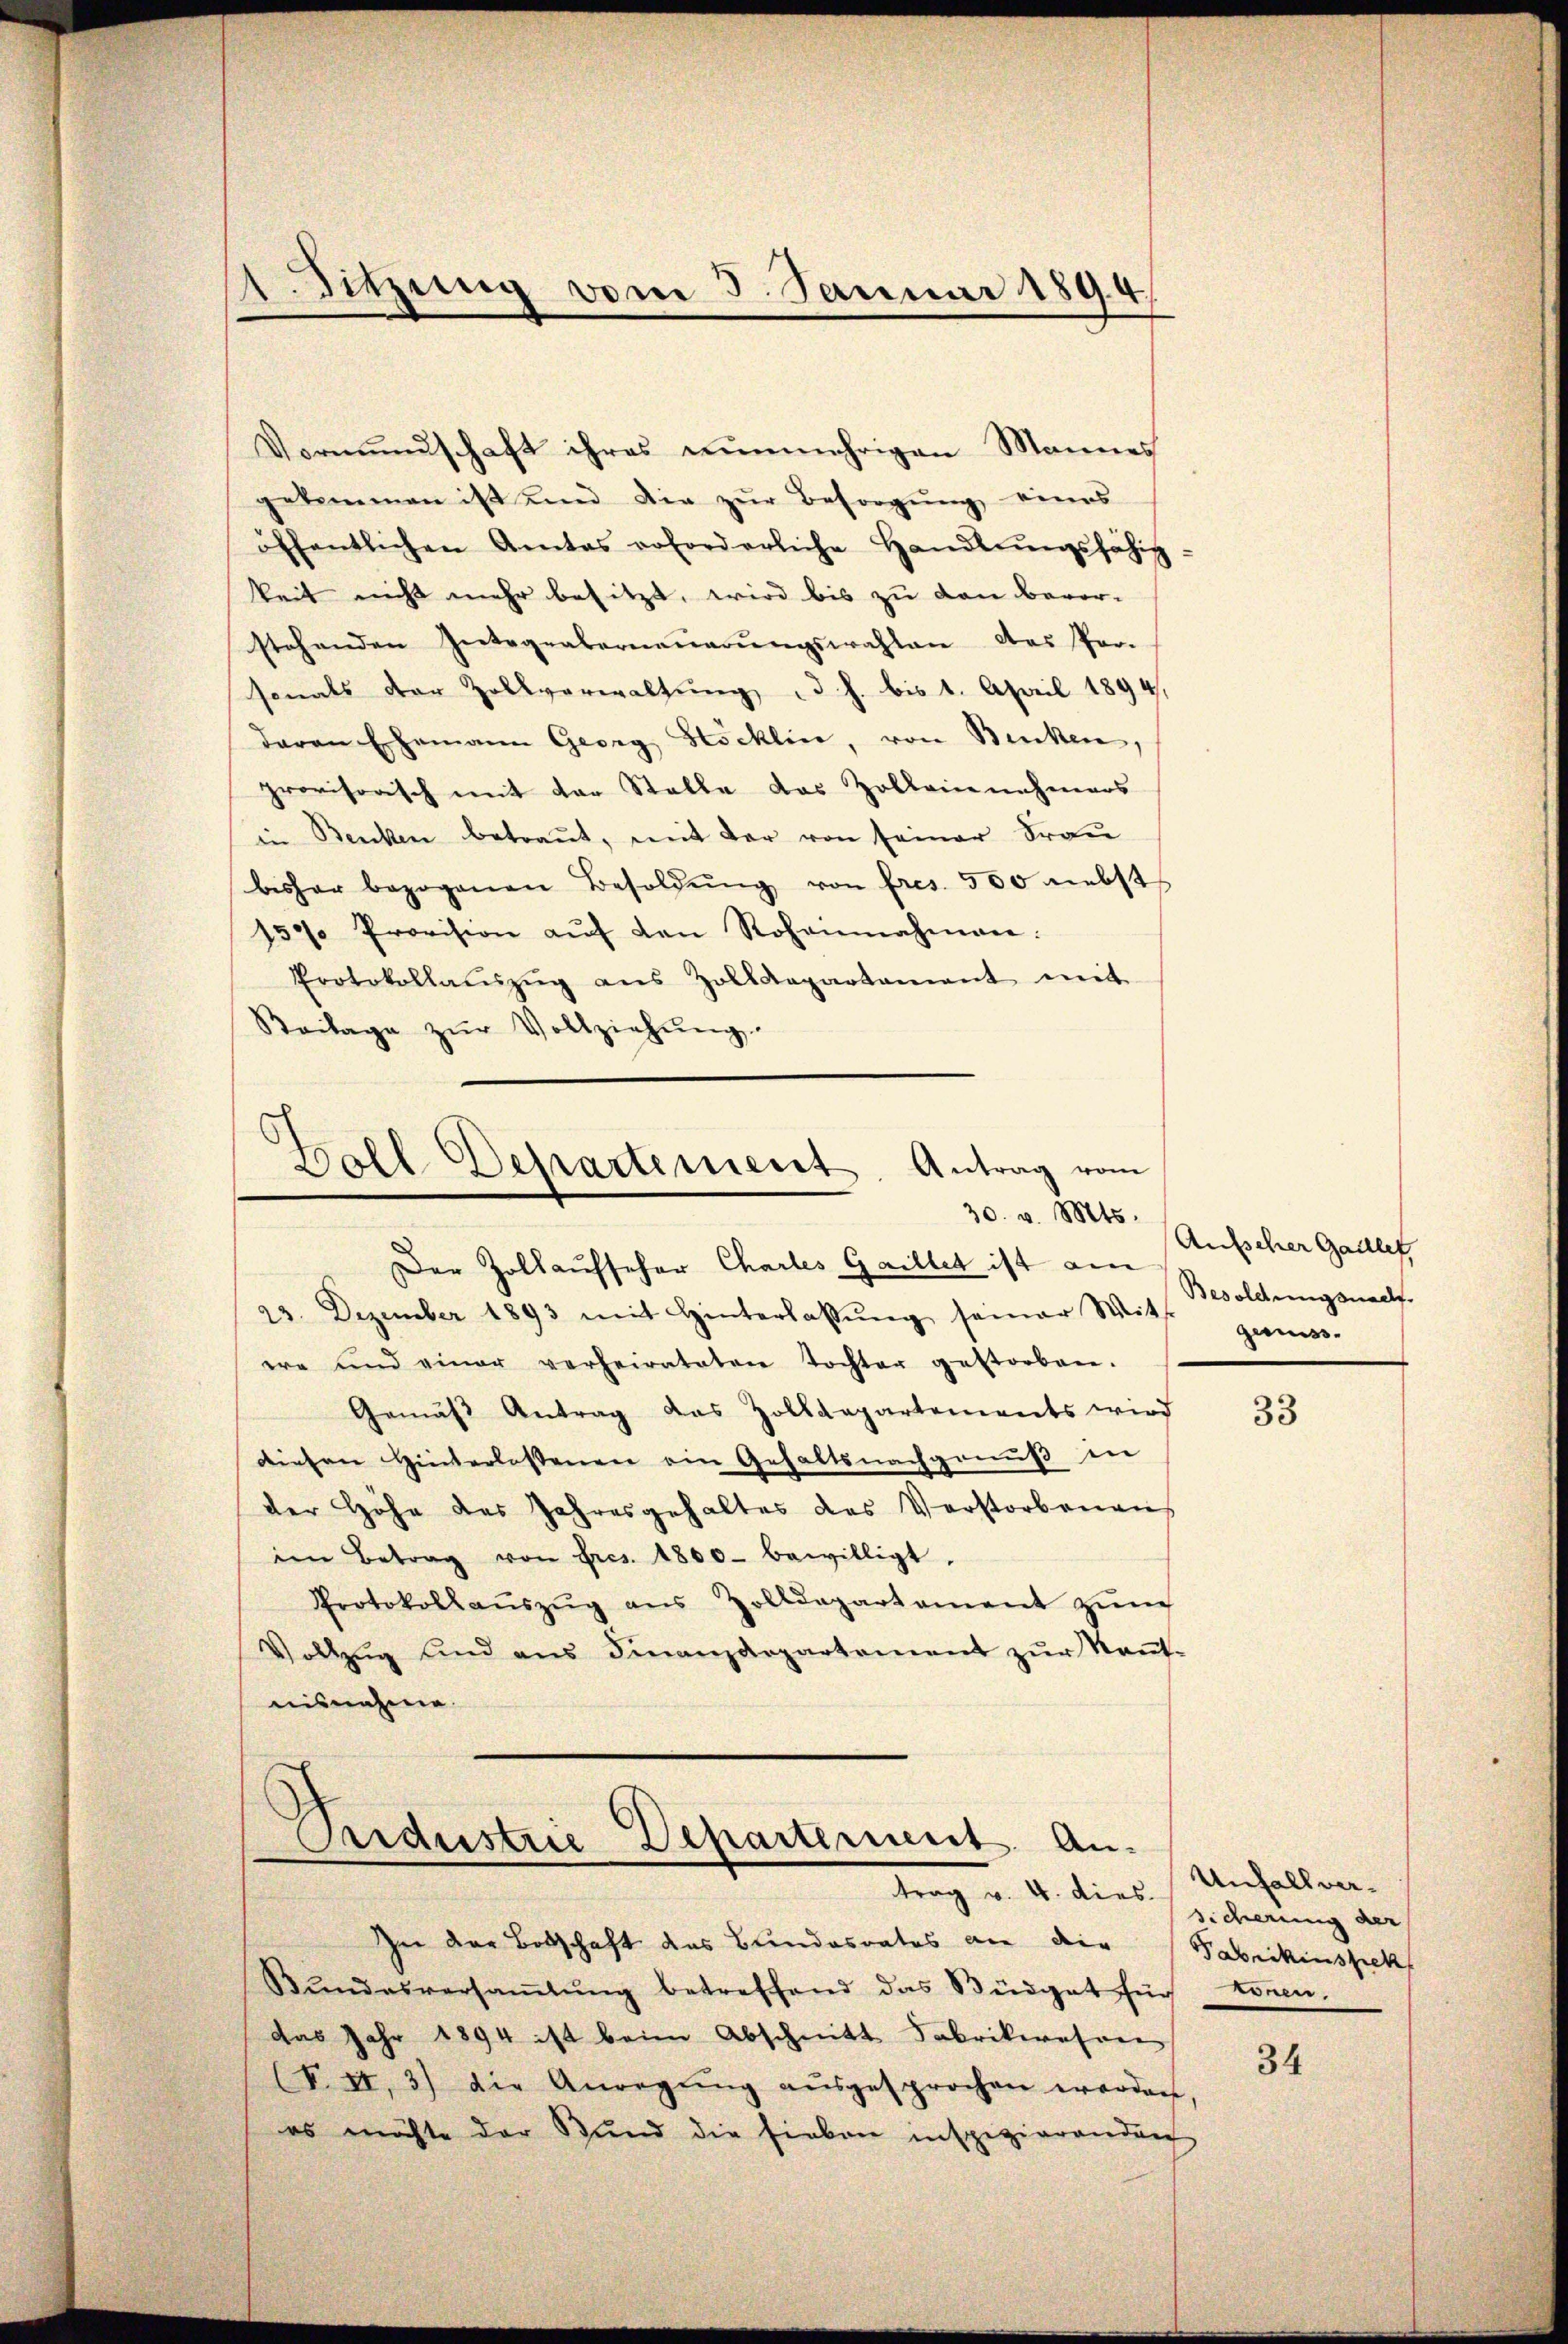
Vormundschaft ihres nunmehrigen Mannes
gekommen ist und die zŭr Besorgŭng eines
öffentlichen Amtes erforderliche Handlŭngsfähig
keit nicht mehr besitzt, wird bis zu den bevor-
stehenden Integrabernaŭerŭngswahlen des Per-
sonals der Zollverwaltung, d. h. bis 1. April 1894,
daran Ehemann Georg Höcklin, von Becken,
provisorisch mit der Stalle das Zolleinnahmers
in Benken betraut, mit der von seiner Frau
bisher bezogenen Besoldŭng von fres. 500 nebst
150 Provision aŭf den Rohannahmen.
Protokollaŭszŭg aŭs Zolldepartament mit
Beilage zŭr Vollziehŭng.

1. Sitzung vom 3. Januar 1894.

Fall Departement. Antrag vom
30. v. Mts.
Der Zollaufscher Chartes Gaillet ist am

23. Dezember 1893 mit Hinterlassŭng seiner Mitte zumer-
ere und einer verheirateten Tochter gestorben.
Gemäβ Antrag das Zolldepartements wird
diesen Hinterlassenen ein Gehaltsnachgenuß in
der Höhe des Jahresgehaltes des Verstorbenen
im Betrag von Fres. 1800 bewilligt.
Protokollaŭszŭg aŭs Zolldepartament zŭm
Vollzŭg und ans Finanzdepartement zŭr Keṅt-
nisnahme.

Pridustrie Departement. An-
trag v. 4. dies sicherung der

Zu der Botschaft des Bundesrates an die Fabrikinspek
Stŭndesversaṁlŭng betreffend das Büdget für konen.
das Jahr 1894 ist beim Abschnitt Fabrikwesen
(§. 11, 3) die Anregŭng aŭsgesprochen werden,
es möchte der Bund die sieben inspizierenden

Aufseher Gallet,
Besoldungsnad.

33

Unfall ver¬

34